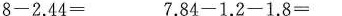
$$8 - 2 . 4 4 =$$ $$7 . 8 4 - 1 . 2 - 1 . 8 =$$